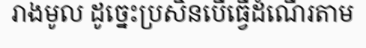
រាងមូល ដូច្នេះប្រសិនបើធ្វើដំណើរតាម